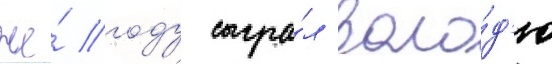
же́ году сыгра́л воло́д'ю